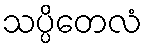
သပ္ပိတေလံ